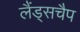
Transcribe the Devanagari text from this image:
लैंड्सचैप